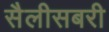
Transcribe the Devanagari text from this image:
सैलीसबरी